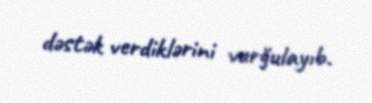
dəstək verdiklərini vurğulayıb.